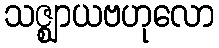
သဇ္ဈာယဗဟုလော